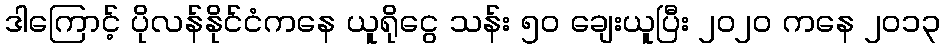
ဒါကြောင့် ပိုလန်နိုင်ငံကနေ ယူရိုငွေ သန်း ၅၀ ချေးယူပြီး ၂၀၂၀ ကနေ ၂၀၁၃